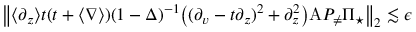
\begin{array} { r } { \left\| \langle \partial _ { z } \rangle t ( t + \langle \nabla \rangle ) ( 1 - \Delta ) ^ { - 1 } \big ( ( \partial _ { v } - t \partial _ { z } ) ^ { 2 } + \partial _ { z } ^ { 2 } \big ) \mathrm { A } P _ { \neq } \Pi _ { \star } \right\| _ { 2 } \lesssim \epsilon } \end{array}